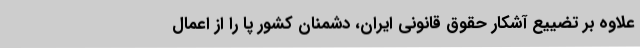
علاوه بر تضییع آشکار حقوق قانونی ایران، دشمنان کشور پا را از اعمال